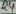
Text: 24